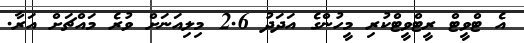
އެ ޓްވީޓް ރީޓްވީޓްކުރި މީހުންގެ އަދަދު 2.6 މިލިއަނަށް ވުރެ މައްޗަށް އަރާ.